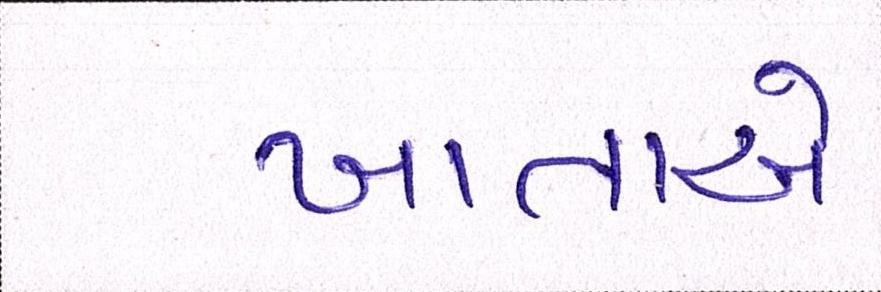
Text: ખાતાએ